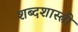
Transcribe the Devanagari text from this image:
शब्दशास्त्री